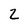
Character: Z